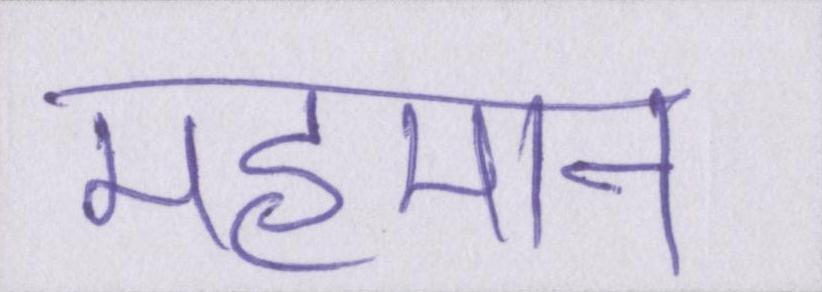
महमान